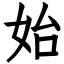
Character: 始